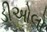
ડીઓલો